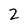
Character: 2